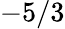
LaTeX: -5/3